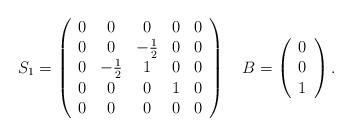
LaTeX: \begin{align*}S_1 = \left(\begin{array}{ccccc} 0 & 0 & 0 & 0 & 0\\ 0 & 0 & -\frac{1}{2} & 0 & 0\\ 0 & -\frac{1}{2} & 1 & 0 & 0\\ 0 & 0 & 0 & 1 & 0\\ 0 & 0 & 0 & 0 & 0 \end{array}\right) & \;\;\;\; B = \left(\begin{array}{cccc} 0 \\ 0 \\ 1 \end{array}\right).\end{align*}